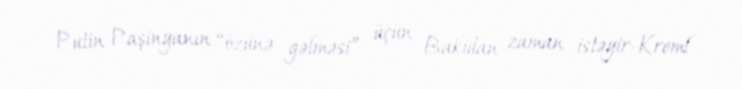
Putin Paşinyanın “özünə gəlməsi” üçün Bakıdan zaman istəyir-Kreml